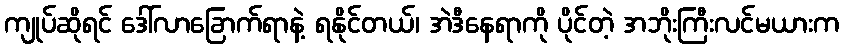
ကျုပ်ဆိုရင် ဒေါ်လာခြောက်ရာနဲ့ ရနိုင်တယ်၊ အဲဒီနေရာကို ပိုင်တဲ့ အဘိုးကြီးလင်မယားက